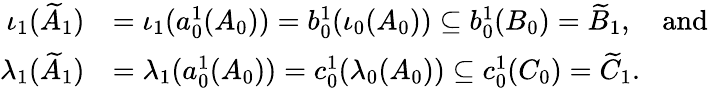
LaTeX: \begin{array}{rl}{\iota_{1}(\widetilde{A}_{1})}&{=\iota_{1}(a_{0}^{1}(A_{0}))=b_{0}^{1}(\iota_{0}(A_{0}))\subseteq b_{0}^{1}(B_{0})=\widetilde{B}_{1},\quad\mathrm{and}}\\ {\lambda_{1}(\widetilde{A}_{1})}&{=\lambda_{1}(a_{0}^{1}(A_{0}))=c_{0}^{1}(\lambda_{0}(A_{0}))\subseteq c_{0}^{1}(C_{0})=\widetilde{C}_{1}.}\end{array}